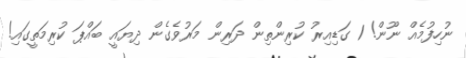
ނުހިފުމެއް ނޫން! 1 ގަޑިއިރު ކުރިންތިން ދަރިން މަރުވެގެން ދިޔައީ ބައްޕަ ކުރިމަތީގައި!